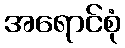
အရောင်စုံ